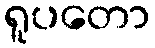
ရူပတော